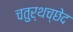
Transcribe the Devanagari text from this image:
चतुर्थच्छेद